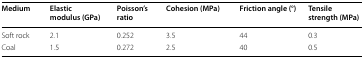
<table><thead><tr><td><b>Medium</b></td><td><b>Elastic modulus (GPa)</b></td><td><b>Poisson’s ratio</b></td><td><b>Cohesion (MPa)</b></td><td><b>Friction angle (°)</b></td><td><b>Tensile strength (MPa)</b></td></tr></thead><tbody><tr><td>Soft rock</td><td>2.1</td><td>0.252</td><td>3.5</td><td>44</td><td>0.3</td></tr><tr><td>Coal</td><td>1.5</td><td>0.272</td><td>2.5</td><td>40</td><td>0.5</td></tr></tbody></table>